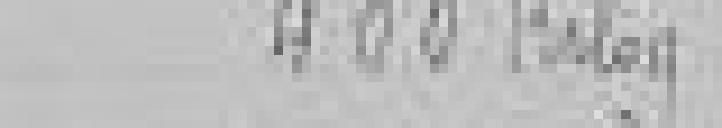
400 kilogrammes